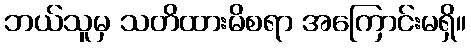
ဘယ်သူမှ သတိထားမိစရာ အကြောင်းမရှိ။